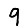
Digit: 9